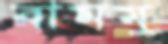
বামমু